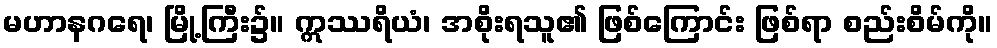
မဟာနဂရေ၊ မြို့ကြီး၌။ ဣဿရိယံ၊ အစိုးရသူ၏ ဖြစ်ကြောင်း ဖြစ်ရာ စည်းစိမ်ကို။